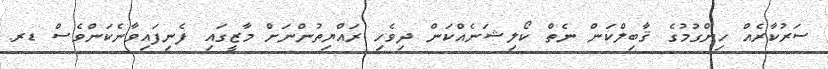
ސަރުކާރެއް ހިންގުމުގެ ޤާބިލްކަން ނެތް ކޯލިޝަނެއްކަން ދިވެހި ރައްޔިތުންނަށް މާޒީގައި ފެނިފައިވާނެކަންވެސް ޑރ.